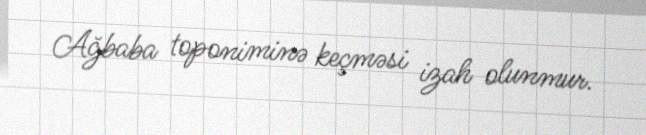
Ağbaba toponiminə keçməsi izah olunmur.